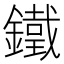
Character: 鐵